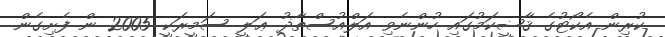
ކުރިން އެކޯޓުގެެ ޤާޟީކަމުގައި ހުންނެވި އަލްއުސްތާޛު ޢަލީ ސަމީރަކީ 2005 ން ފެށިގެން